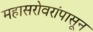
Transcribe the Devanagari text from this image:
महासरोवरांपासून